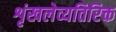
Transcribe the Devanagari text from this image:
शृंखलेव्यतिरिक्त